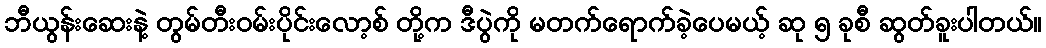
ဘီယွန်းဆေးနဲ့ တွမ်တီးဝမ်းပိုင်းလော့စ် တို့က ဒီပွဲကို မတက်ရောက်ခဲ့ပေမယ့် ဆု ၅ ခုစီ ဆွတ်ခူးပါတယ်။